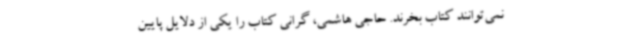
نمی‌توانند کتاب بخرند. حاجی‌ هاشمی، گرانی کتاب را یکی از دلایل پایین